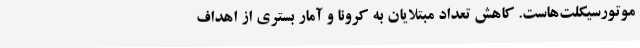
موتورسیکلت‌هاست. کاهش تعداد مبتلایان به کرونا و آمار بستری از اهداف